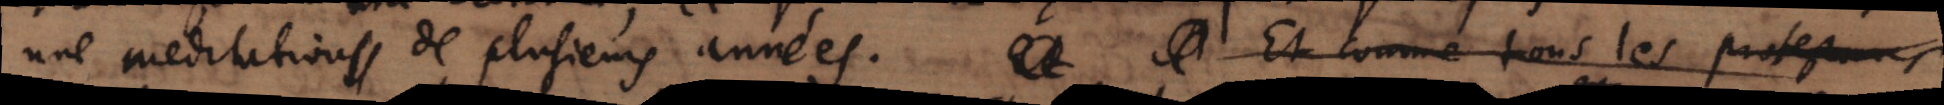
une meditations de plusieurs années.et Et comme tous les protestans